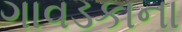
ગાવડકાના